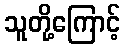
သူတို့ကြောင့်